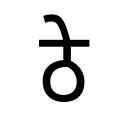
OCR:
ठे